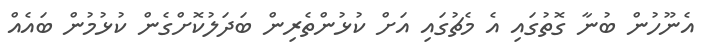
އެނޫހުން ބުނާ ގޮތުގައި އެ މެޗުގައި އަށް ކުޅުންތެރިން ބަދަލުކޮށްގެން ކުޅުމުން ބައެއް